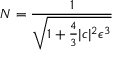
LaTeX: N = { \frac { 1 } { \sqrt { 1 + { \frac { 4 } { 3 } } | c | ^ { 2 } \epsilon ^ { 3 } } } }